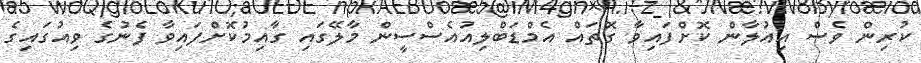
ކުރިން ވެސް އިއުލާން ކޮށްފައިވާ ގޮތައް އެމްޑަބްލިއުއެސްސީން މާލޭގައި ގާއިމުކޮށްފައިވާ ފެނުގެ ވިއުގައިގެ